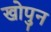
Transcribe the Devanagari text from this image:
खोपुन